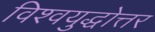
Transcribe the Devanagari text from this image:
विश्वयुद्धोत्तर